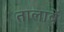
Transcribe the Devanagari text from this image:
तालाबें